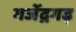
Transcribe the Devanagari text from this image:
गजेंद्रगढ़